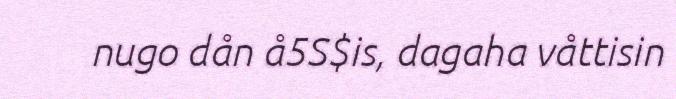
nugo dån å5S$is, dagaha våttisin